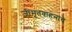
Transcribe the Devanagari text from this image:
जीमूतवाहनाचे